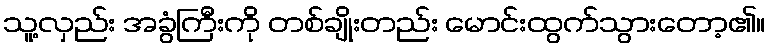
သူ့လှည်း အခွံကြီးကို တစ်ချိုးတည်း မောင်းထွက်သွားတော့၏။